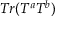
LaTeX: T r ( T ^ { a } T ^ { b } )